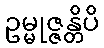
ဥမ္မုဇ္ဇန္တိပိ